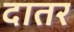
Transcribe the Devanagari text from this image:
दातर